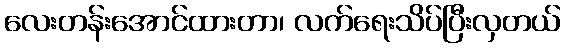
လေးတန်းအောင်ထားတာ၊ လက်ရေးသိပ်ပြီးလှတယ်